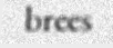
brees